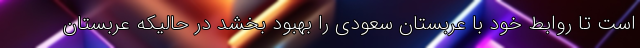
است تا روابط خود با عربستان سعودی را بهبود بخشد در حالیکه عربستان